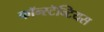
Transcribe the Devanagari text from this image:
कॉन्स्टॅन्टियस